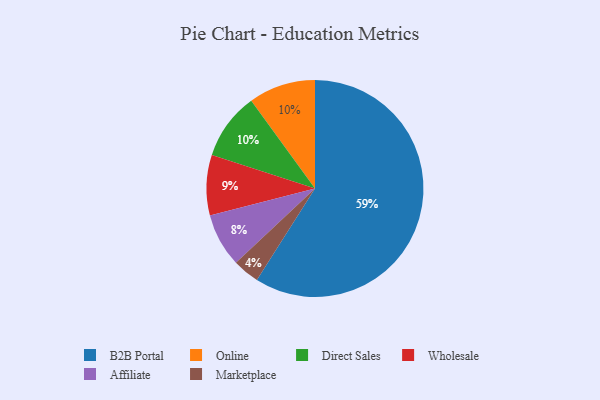
{"axis": {"x": "Category", "y": "Percentage"}, "legend": ["Affiliate", "B2B Portal", "Direct Sales", "Marketplace", "Online", "Wholesale"], "data": [{"x": "Affiliate", "y": 8, "type": "Affiliate"}, {"x": "Online", "y": 10, "type": "Online"}, {"x": "Direct Sales", "y": 10, "type": "Direct Sales"}, {"x": "B2B Portal", "y": 59, "type": "B2B Portal"}, {"x": "Marketplace", "y": 4, "type": "Marketplace"}, {"x": "Wholesale", "y": 9, "type": "Wholesale"}]}